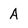
Character: A